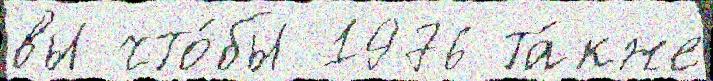
вы что́бы 1976 та́кже